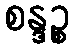
စန္ဒဉ္စ